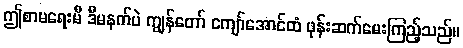
ဤစာမရေးမီ ဒီမနက်ပဲ ကျွန်တော် ကျော်အောင်ထံ ဖုန်းဆက်မေးကြည့်သည်။